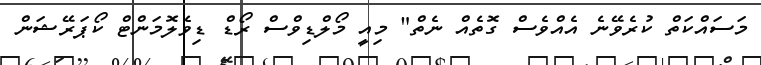
މަސައްކަތް ކުރެވޭނެ އެއްވެސް ގޮތެއް ނެތް" މިއީ މޯލްޑިވްސް ރޯޑް ޑިވެލޮމަންޓް ކޯޕަރޭޝަން